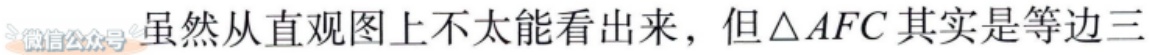
虽然从直观图上不太能看出来，但\(\triangle AFC\)其实是等边三